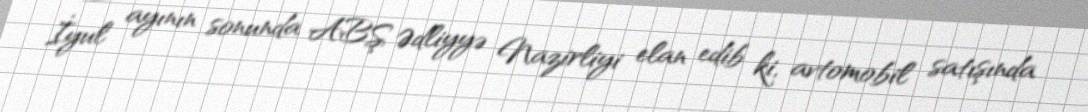
İyul ayının sonunda ABŞ Ədliyyə Nazirliyi elan edib ki, avtomobil satışında